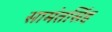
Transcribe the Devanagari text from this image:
सामंतसिंह